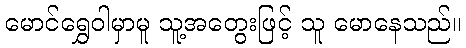
မောင်ရွှေဝါမှာမူ သူ့အတွေးဖြင့် သူ မောနေသည်။